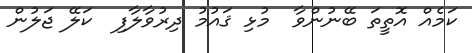
ކަމެއް އޮތީތަ ބޭނުންވާ  މުޅި ޤައުމު ދިރުވާލާފި  ކަލޭ ޖަލުން